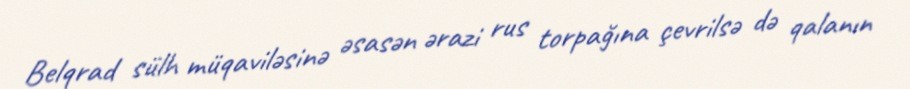
Belqrad sülh müqaviləsinə əsasən ərazi rus torpağına çevrilsə də qalanın